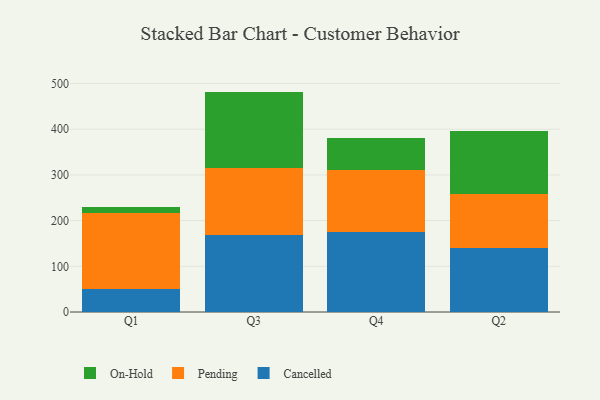
{"axis": {"x": "Quarter", "y": "Backlog"}, "legend": ["Cancelled", "On-Hold", "Pending"], "data": [{"x": "Q1", "y": 50.7, "type": "Cancelled"}, {"x": "Q1", "y": 165.7, "type": "Pending"}, {"x": "Q1", "y": 13.9, "type": "On-Hold"}, {"x": "Q3", "y": 167.5, "type": "Cancelled"}, {"x": "Q3", "y": 148.7, "type": "Pending"}, {"x": "Q3", "y": 166.1, "type": "On-Hold"}, {"x": "Q4", "y": 176.1, "type": "Cancelled"}, {"x": "Q4", "y": 135.5, "type": "Pending"}, {"x": "Q4", "y": 69.7, "type": "On-Hold"}, {"x": "Q2", "y": 140.0, "type": "Cancelled"}, {"x": "Q2", "y": 119.0, "type": "Pending"}, {"x": "Q2", "y": 137.7, "type": "On-Hold"}]}